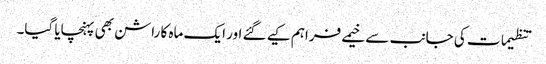
تنظیمات کی جانب سے خیمے فراہم کیے گئے اور ایک ماہ کا راشن بھی پہنچایا گیا۔